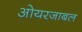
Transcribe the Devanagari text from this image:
ओयरजाबल